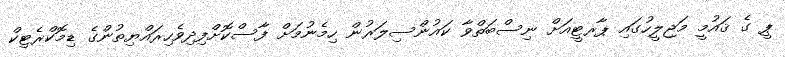
ޕީ ގެ ޤައުމީ މަޖިލީހުގައި ޕާރޓީއަށް ނިސްބަތްވާ ކައުންސިލަރުން ހިމެނުމަށް ފާސްކޮށްފިދިވެހިރައްޔިތުންގެ ޑިމޮކްރެޓިކް